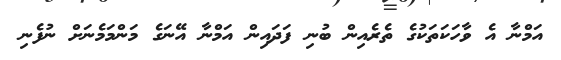
އަމްނާ އެ ވާހަކަތަކުގެ ތެރެއިން ބުނި ފަދައިން އަމްނާ އޭނަގެ މަންމަމެނަށް ނުފެނި